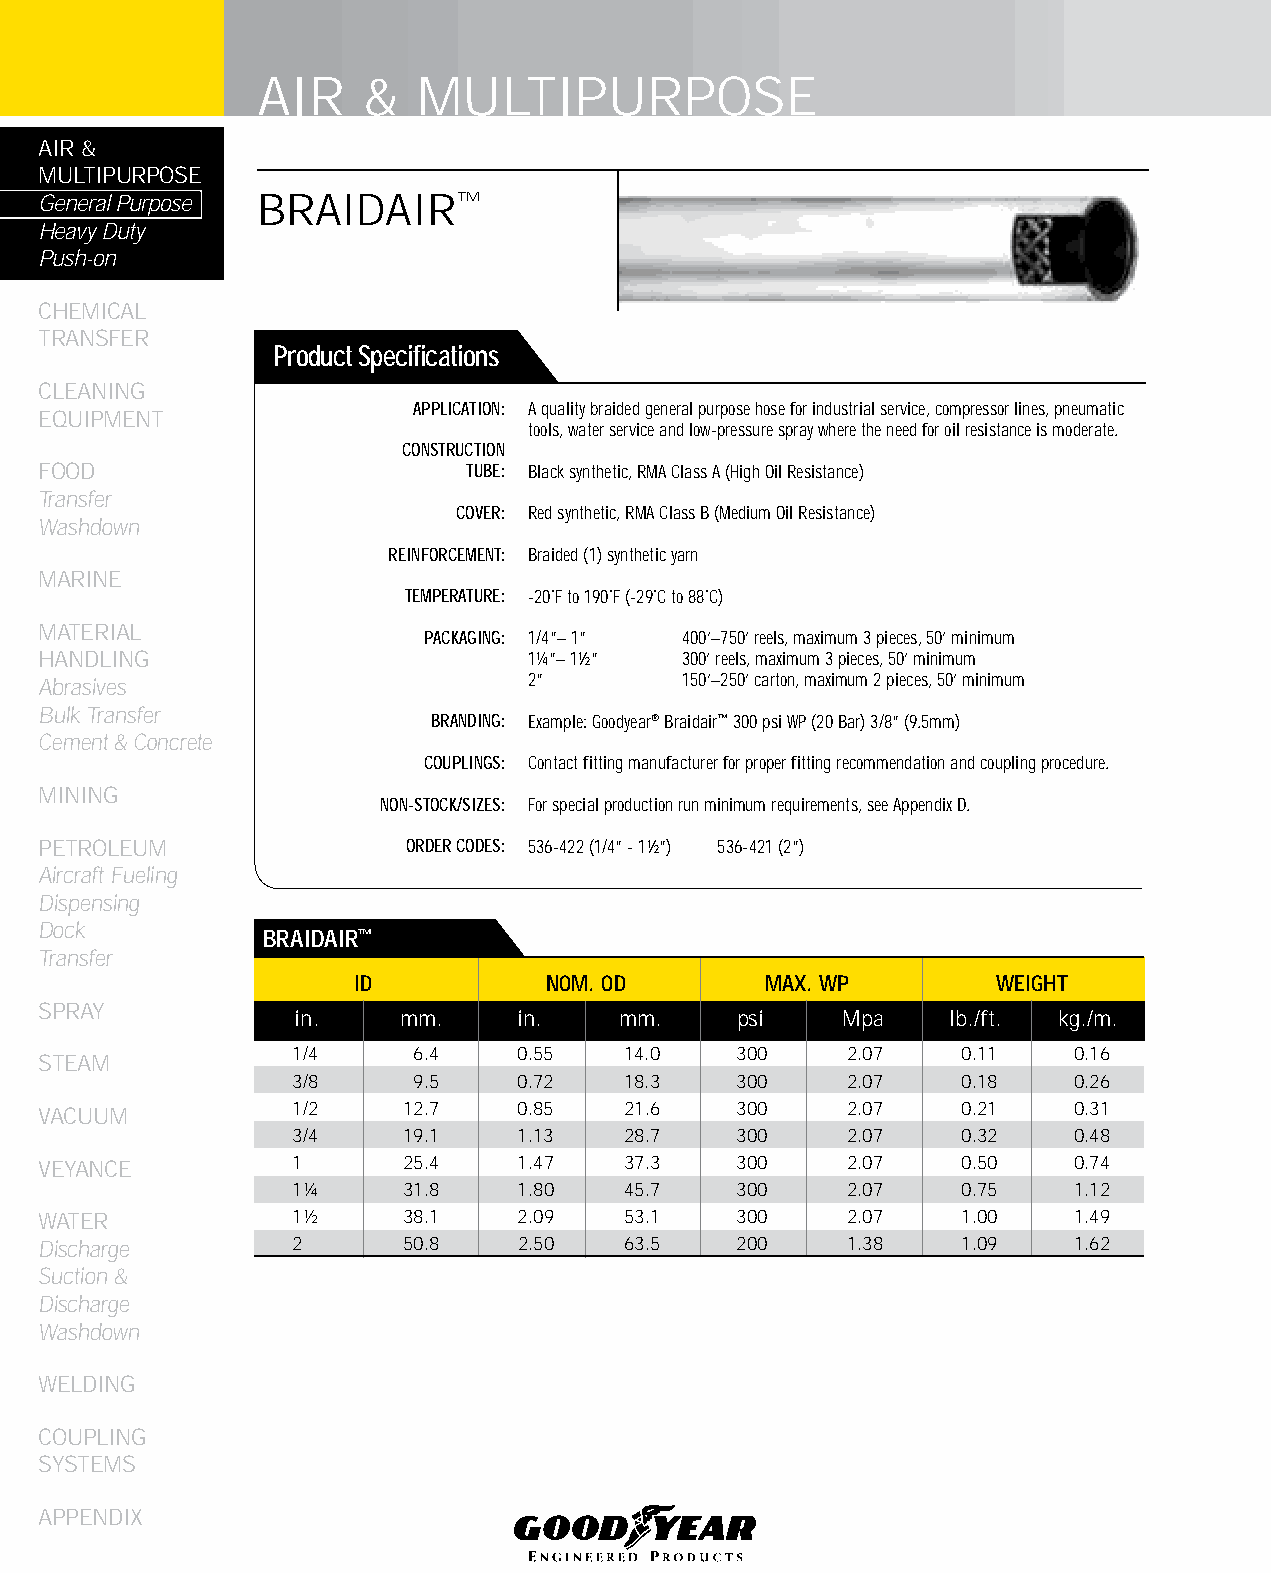
AIR    &   MULTIPURPOSE
 AIR &
 MULTIPURPOSE
 General Purpose BRAIDAIR™
 Heavy Duty
 Push-on
 CHEMICAL
 TRANSFER
 Product Specifications
 CLEANING
 APPLICATION: A quality braided general purpose hose for industrial service, compressor lines, pneumatic
 EqUIPMENT
 tools, water service and low-pressure spray where the need for oil resistance is moderate.
 CONSTRUCTION
 FOOD                        TUBE: Black synthetic, RMA Class A (High Oil Resistance)
 Transfer
 COVER: Red synthetic, RMA Class B (Medium Oil Resistance)
 Washdown
 REINFORCEMENT: Braided (1) synthetic yarn
 MARINE
 TEMPERATURE: -20˚F to 190˚F (-29˚C to 88˚C)
 MATERIAL
 PACKAGING: 1/4”– 1” 400’–750’ reels, maximum 3 pieces, 50’ minimum
 HANDLING                        1¼”– 1½”  300’ reels, maximum 3 pieces, 50’ minimum
 Abrasives                       2”        150’–250’ carton, maximum 2 pieces, 50’ minimum
 Bulk Transfer
 BRANDING: Example: Goodyear® Braidair™ 300 psi WP (20 Bar) 3/8” (9.5mm)
 Cement & Concrete
 COUPLINGS: Contact fitting manufacturer for proper fitting recommendation and coupling procedure.
 MINING
 NON-STOCK/SIZES: For special production run minimum requirements, see Appendix D.
 PETROLEUM               ORDER CODES: 536-422 (1/4” - 1½”) 536-421 (2”)
 Aircraft Fueling
 Dispensing
 Dock
 bRAIDAIR™
 Transfer
 ID          NOM. OD        MAX. WP        WEIGHT
 SPRAY
 in.    mm.    in.    mm.     psi    Mpa    lb./ft. kg./m.
 1/4     6.4    0.55   14.0    300    2.07    0.11   0.16
 STEAM
 3/8     9.5    0.72   18.3    300    2.07    0.18   0.26
 VACUUM          1/2     12.7   0.85   21.6    300    2.07    0.21   0.31
 3/4     19.1   1.13   28.7    300    2.07    0.32   0.48
 VEYANCE         1       25.4   1.47   37.3    300    2.07    0.50   0.74
 1¼      31.8   1.80   45.7    300    2.07    0.75   1.12
 WATER           1½      38.1   2.09   53.1    300    2.07    1.00   1.49
 Discharge       2       50.8   2.50   63.5    200    1.38    1.09   1.62
 Suction &
 Discharge
 Washdown
 WELDING
 COUPLING
 SYSTEMS
 APPENDIX
 26